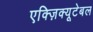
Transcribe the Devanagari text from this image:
एक्ज़िक्यूटेबल